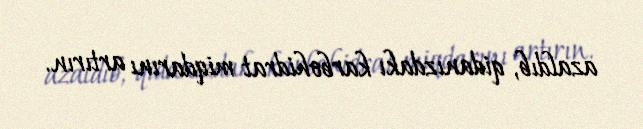
azaldıb, qidanızdakı karbohidrat miqdarını artırın.